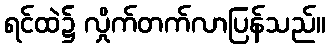
ရင်ထဲ၌ လှိုက်တက်လာပြန်သည်။